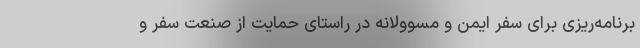
برنامه‌ریزی برای سفر ایمن و مسوولانه در راستای حمایت از صنعت سفر و